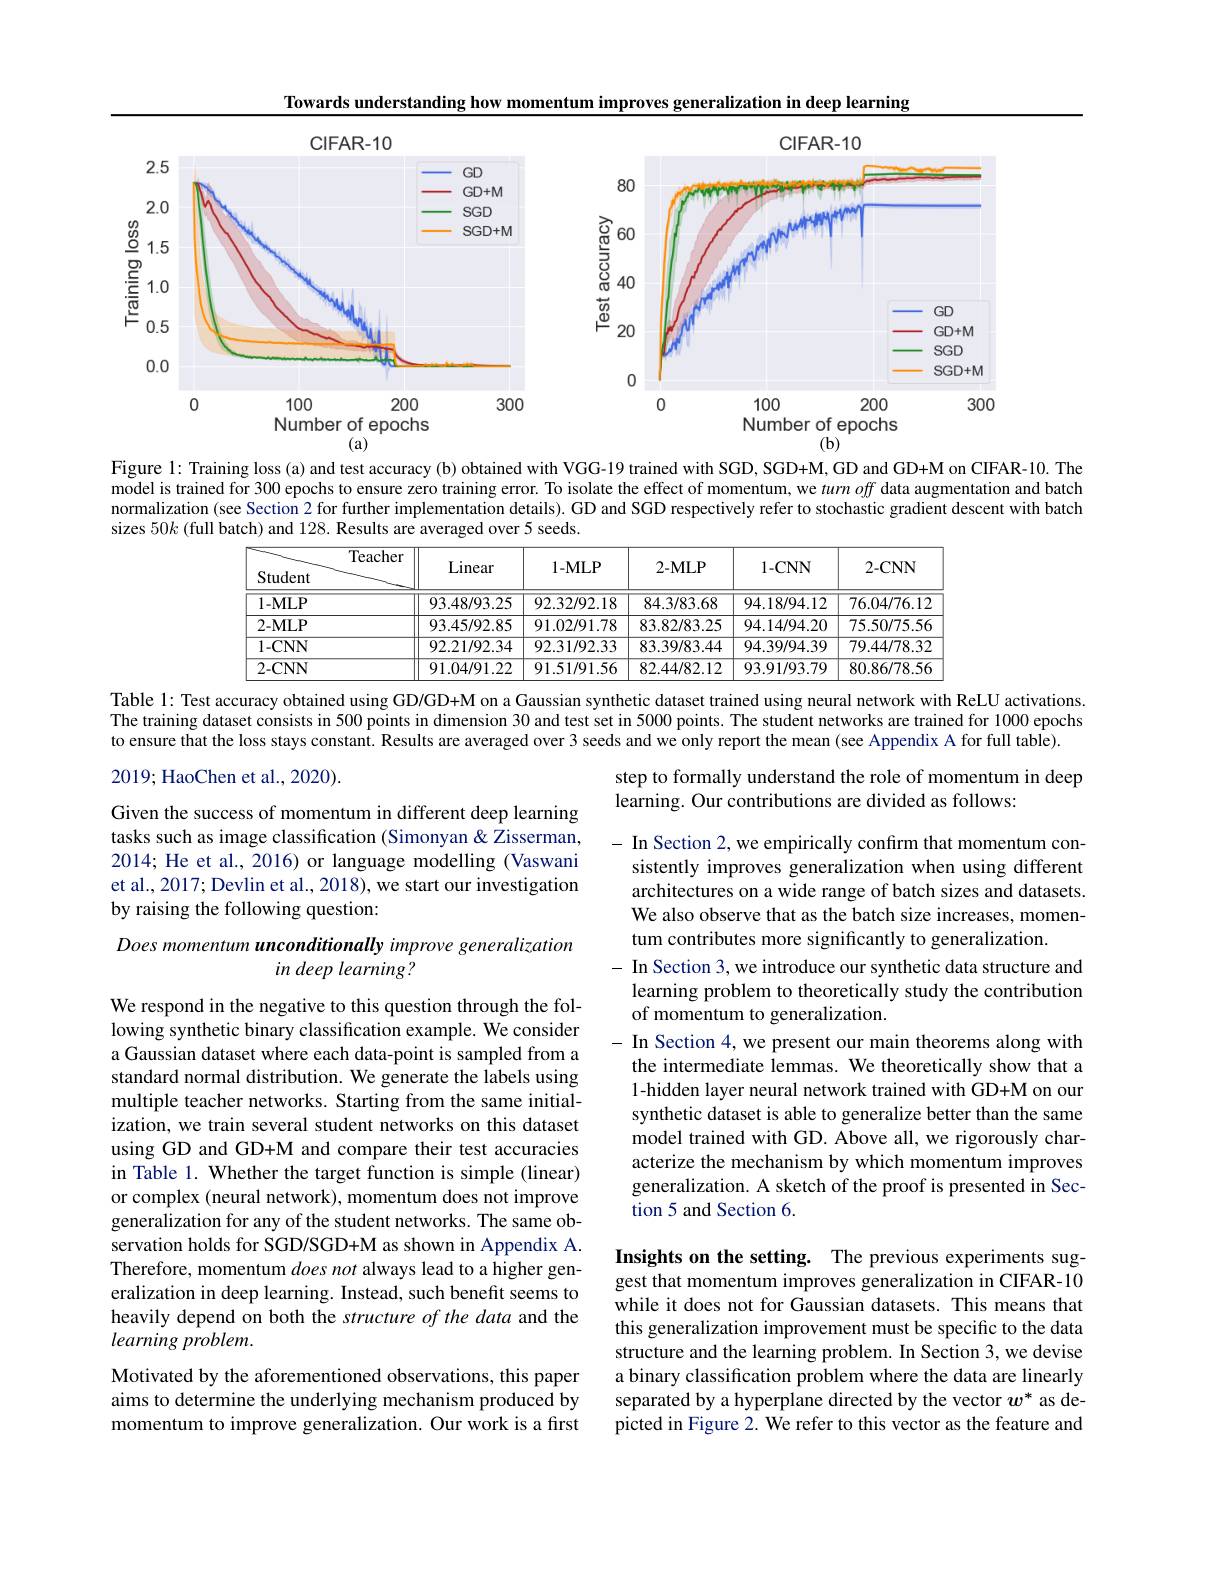
Towards understanding how momentum improves generalization in deep learning

<FigureHere>

$(\mathbf{a})$
(b)

Figure l: Training loss (a) and test accuracy (b) obtained with VGG-19 trained with SGD, SGD+M, GD and GD+M on CIFAR-10. The model is trained for 300 epochs to ensure zero training error. To isolate the effect of momentum, we turnoff data augmentation and batch normalization (see Section 2 for further implementation details). GD and SGD respectively refer to stochastic gradient descent with batch sizes $50k$ (full batch) and 128. Results are averaged over 5 seeds.

<table>
	<tbody>
		<tr>
			<th>Teach Student</th>
			<th>$\Xi\Gamma$ Linear</th>
			<th>$1-MLP$</th>
			<th>$2-MLP$</th>
			<th>1-CNN</th>
			<th>2-CNN</th>
		</tr>
		<tr>
			<td>$1-MLP$</td>
			<td>93.48/93.25</td>
			<td>92.32/92.18</td>
			<td>84.3/83.68</td>
			<td>94.18/94.12</td>
			<td>76.04/76.12</td>
		</tr>
		<tr>
			<td>$2-MLP$</td>
			<td>93.45/92.85</td>
			<td>91.02/91.78</td>
			<td>83.82/83.25</td>
			<td>94.14/94.20</td>
			<td>75.50/75.56</td>
		</tr>
		<tr>
			<td>1-CNN</td>
			<td>92.21/92.34</td>
			<td>92.31/92.33</td>
			<td>83.39/83.44</td>
			<td>94.39/94.39</td>
			<td>79.44/78.32</td>
		</tr>
		<tr>
			<td>2-CNN</td>
			<td>91.04/91.22</td>
			<td>91.51/91.56</td>
			<td>82.44/82.12</td>
			<td>93.91/93.79</td>
			<td>80.86/78.56</td>
		</tr>
	</tbody>
</table>
Table l: Test accuracy obtained using GD/GD+M on a Gaussian synthetic dataset trained using neural network with ReLU activations.

The training dataset consists in 500 points in dimension 30 and test set in 5000 points. The student networks are trained for 1000 epochs
to ensure that the loss stays constant. Results are averaged over 3 seeds and we only report the mean (see Appendix A for full table).

2019;HaoChen et al., 2020).

step to formally understand the role of momentum in deep
learning. Our contributions are divided as follows:

Given the success of momentum in different deep learning tasks such as image classification (Simonyan & Zisserman, 2014; He et al., 2016) or language modelling (Vaswani et al., 2017; Devlin et al., 2018), we start our investigation by raising the following question:

## Does momentum unconditionally improve generalization in deep learning?

- In Section 2, we empirically confirm that momentum con-
sistently improves generalization when using different architectures on a wide range of batch sizes and datasets. We also observe that as the batch size increases, momentum contributes more significantly to generalization.
- In Section 3, we introduce our synthetic data structure and learning problem to theoretically study the contribution of momentum to generalization.
In Section 4, we present our main theorems along with the intermediate lemmas. We theoretically show that a 1-hidden layer neural network trained with GD+M on our synthetic dataset is able to generalize better than the same model trained with GD. Above all, we rigorously characterize the mechanism by which momentum improves generalization. A sketch of the proof is presented in Section 5 and Section 6.

We respond in the negative to this question through the following synthetic binary classification example. We consider a Gaussian dataset where each data-point is sampled from a standard normal distribution. We generate the labels using multiple teacher networks. Starting from the same initialization, we train several student networks on this dataset using GD and GD+M and compare their test accuracies in Table 1. Whether the target function is simple (linear) or complex (neural network), momentum does not improve generalization for any of the student networks. The same observation holds for SGD/SGD+M as shown in Appendix A. Therefore, momentum does not always lead to a higher generalization in deep learning. Instead, such benefit seems to heavily depend on both the structure of the data and the learning problem.

Insights on the setting. The previous experiments suggest that momentum improves generalization in CIFAR-10 while it does not for Gaussian datasets. This means that this generalization improvement must be specific to the data structure and the learning problem. In Section 3, we devise a binary classification problem where the data are linearly separated by a hyperplane directed by the vector $w^*$ as depicted in Figure 2. We refer to this vector as the feature and

Motivated by the aforementioned observations, this paper aims to determine the underlying mechanism produced by momentum to improve generalization. Our work is a first